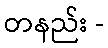
တနည်း -